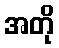
အတို